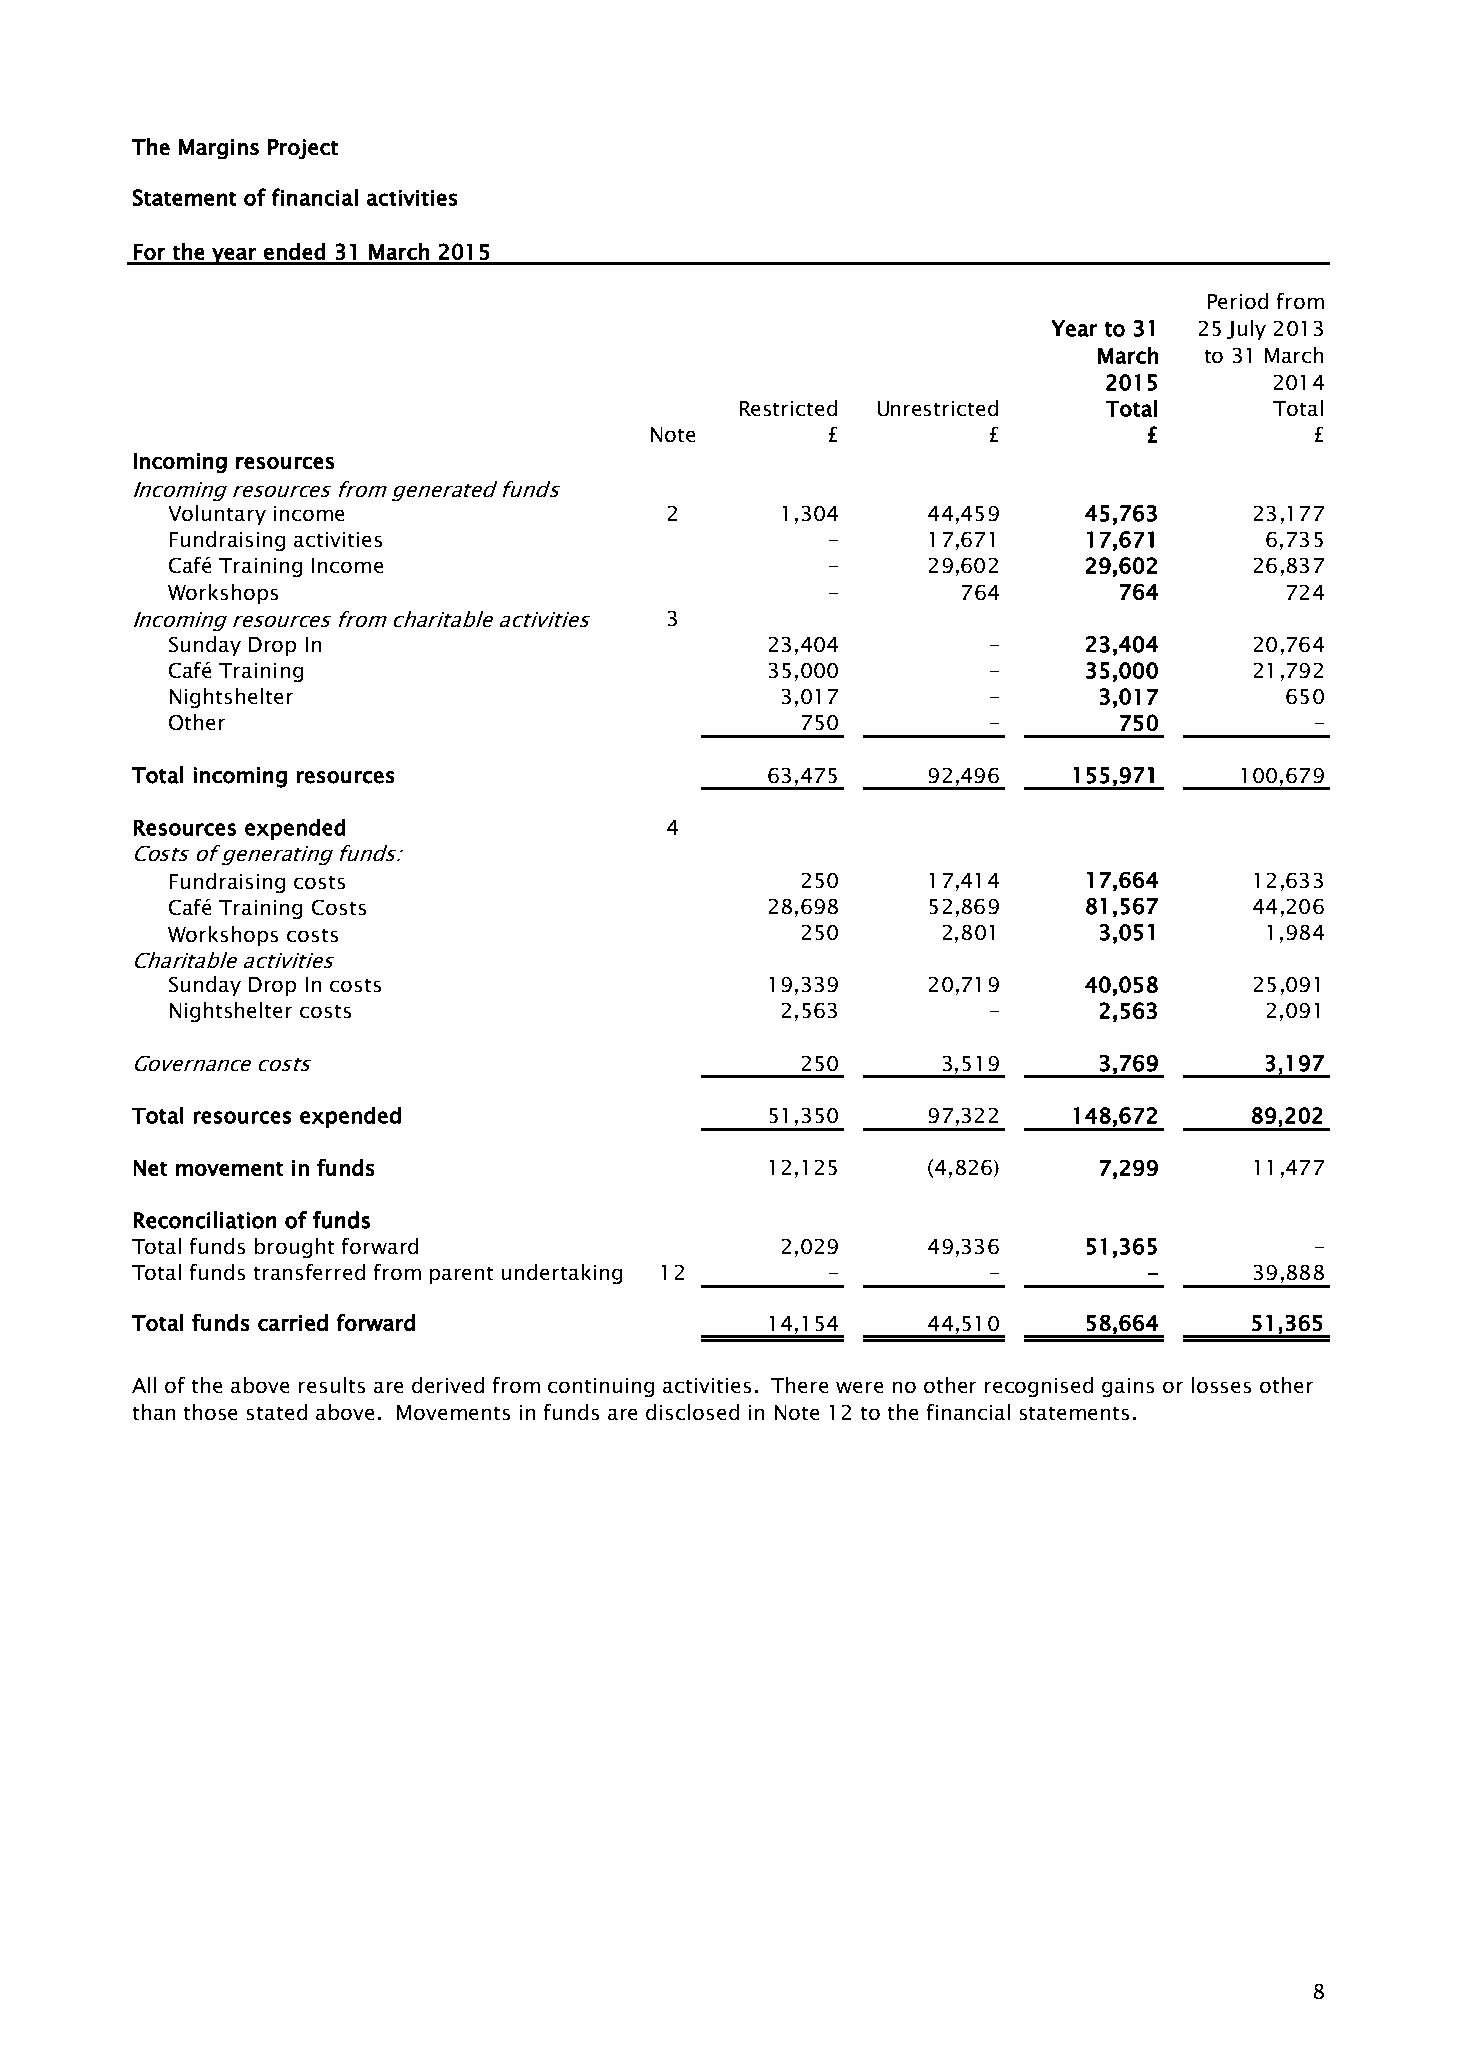
The Margins Project
 Statement of financial activities
 For the year ended 31 March 2015
 Period from
 Year to 31 25 July 2013
 March  to 31 March
 2015       2014
 Restricted Unrestricted Total      Total
 Note        £         £          £          £
 Incoming resources
 Incoming resources from generated funds
 Voluntary income                 2       1,304    44,459     45,763     23,177
 Fundraising activities                      -     17,671     17,671      6,735
 Café Training Income                        -     29,602     29,602     26,837
 Workshops                                   -        764       764        724
 Incoming resources from charitable activities 3
 Sunday Drop In                          23,404        -      23,404     20,764
 Café Training                           35,000        -      35,000     21,792
 Nightshelter                             3,017        -       3,017       650
 Other                                     750         -        750          -
 Total incoming resources                  63,475    92,496    155,971    100,679
 Resources expended                 4
 Costs of generating funds:
 Fundraising costs                         250     17,414     17,664     12,633
 Café Training Costs                     28,698    52,869     81,567     44,206
 Workshops costs                           250      2,801      3,051      1,984
 Charitable activities
 Sunday Drop In costs                    19,339    20,719     40,058     25,091
 Nightshelter costs                       2,563        -       2,563      2,091
 Governance costs                            250      3,519      3,769      3,197
 Total resources expended                  51,350    97,322    148,672     89,202
 Net movement in funds                     12,125    (4,826)     7,299     11,477
 Reconciliation of funds
 Total funds brought forward                2,029    49,336     51,365         -
 Total funds transferred from parent undertaking 12 -    -          -      39,888
 Total funds carried forward               14,154    44,510     58,664     51,365
 All of the above results are derived from continuing activities. There were no other recognised gains or losses other
 than those stated above. Movements in funds are disclosed in Note 12 to the financial statements.
 8